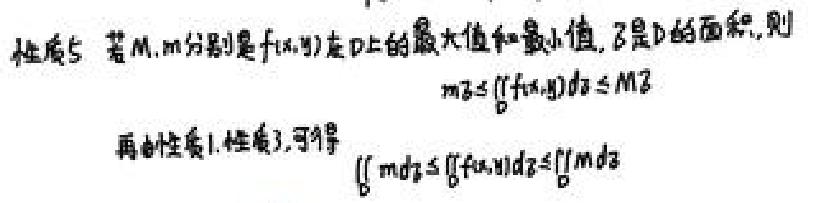
性质5 若$M,m$分别是$f(x,y)$在$D$上的最大值和最小值，$\sigma$是$D$的面积，则
\[m\sigma\leqslant\iint_{D}f(x,y)d\sigma\leqslant M\sigma\]
再由性质1、性质3，可得
\[\iint_{D}md\sigma\leqslant\iint_{D}f(x,y)d\sigma\leqslant\iint_{D}Md\sigma\]